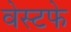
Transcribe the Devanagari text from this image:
वेस्टफे